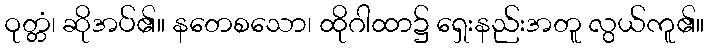
ဝုတ္တံ၊ ဆိုအပ်၏။ နတေစသော၊ ထိုဂါထာ၌ ရှေးနည်းအတူ လွယ်ကူ၏။